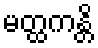
မတ္ထကန္တိ